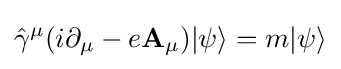
{\hat {\gamma }}^{\mu }(i\partial _{\mu }-e\mathbf {A} _{\mu })|\psi \rangle =m|\psi \rangle